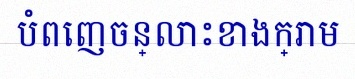
បំពេញចន្លោះខាងក្រោម